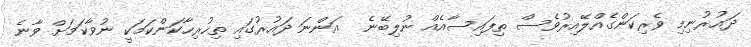
ދައުރުނިމި ވެރިކަންގެއްލޭއިރުވެސް ތިފައިސާއެއް ނުލިބޭނެ  އަންނަ ދައުރުގައި ތިހުރިހާކަންކަމަކީ ނުވާކަމަށް ވާނެ